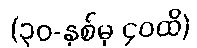
(၃၀-နှစ်မှ ၄၀ထိ)